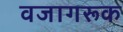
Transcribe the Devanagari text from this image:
वजागरूक